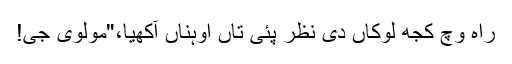
راہ وچ کجھ لوکاں دی نظر پئی تاں اوہناں آکھیا،"مولوی جی!